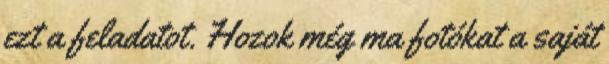
ezt a feladatot. Hozok még ma fotókat a saját